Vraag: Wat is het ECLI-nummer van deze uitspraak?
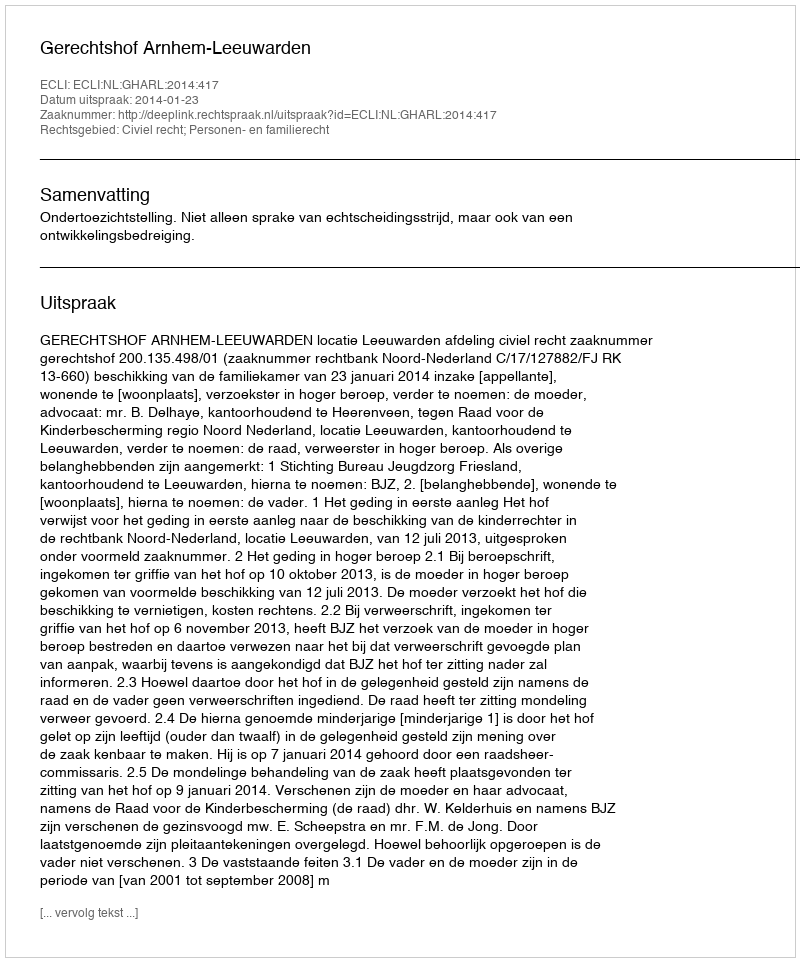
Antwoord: ECLI:NL:GHARL:2014:417